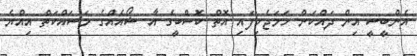
އެންބީސީ އިން ދައްކަން ހަމަޖެހިފައި އޮތް ކޮސްބީގެ އާ ޝޯއެއްގެ މަސައްކަތް އިއްޔެ